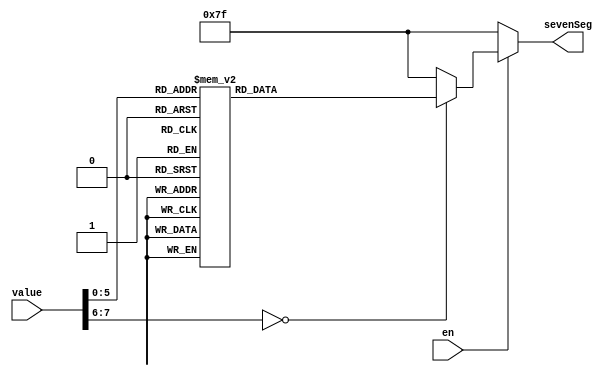
module hexToSevenSeg(en, value, sevenSeg);
input [7:0] value;
output reg [6:0] sevenSeg; 
input en; 

//letters that we will be using
parameter A = 8'h1C, B = 8'h32, C = 8'h21, D = 8'h23, E = 8'h24, F = 8'h2B, G = 8'h34, H = 8'h33, 
one = 8'h16, two = 8'h1E, three = 8'h26, four = 8'h25, five = 8'h2E, six = 8'h36, seven = 8'h3D, eight = 8'h3E;

always@(*)begin 
if(en) begin 
case(value) //check the value and print the correct hex
	A: sevenSeg = 7'b0001000;
	B: sevenSeg = 7'b0000011;
	C: sevenSeg = 7'b1000110;
	D: sevenSeg = 7'b0100001;
	E: sevenSeg = 7'b0000110;
	F: sevenSeg = 7'b0001110;
	G: sevenSeg = 7'b0010000;
	H: sevenSeg = 7'b0001001;
	one: sevenSeg = 7'b1111001;
	two: sevenSeg = 7'b0100100;
	three: sevenSeg = 7'b0110000;
	four: sevenSeg = 7'b0011001;
	five: sevenSeg = 7'b0010010;
	six: sevenSeg = 7'b0000010;
	seven: sevenSeg = 7'b1111000;
	eight: sevenSeg = 7'b0000000;
	default: sevenSeg = 7'b1111111;
endcase 
end
else
	sevenSeg = 7'b1111111;
end 

endmodule